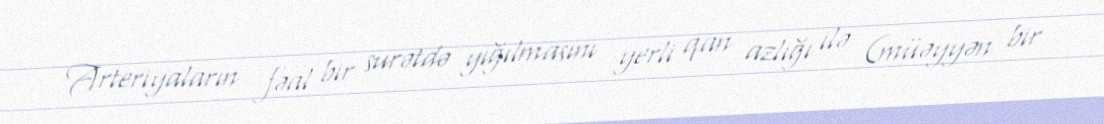
Arteriyaların fəal bir surətdə yığılmasını yerli qan azlığı ilə (müəyyən bir